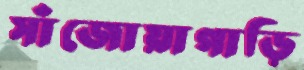
সাঁজোয়াগাড়ি